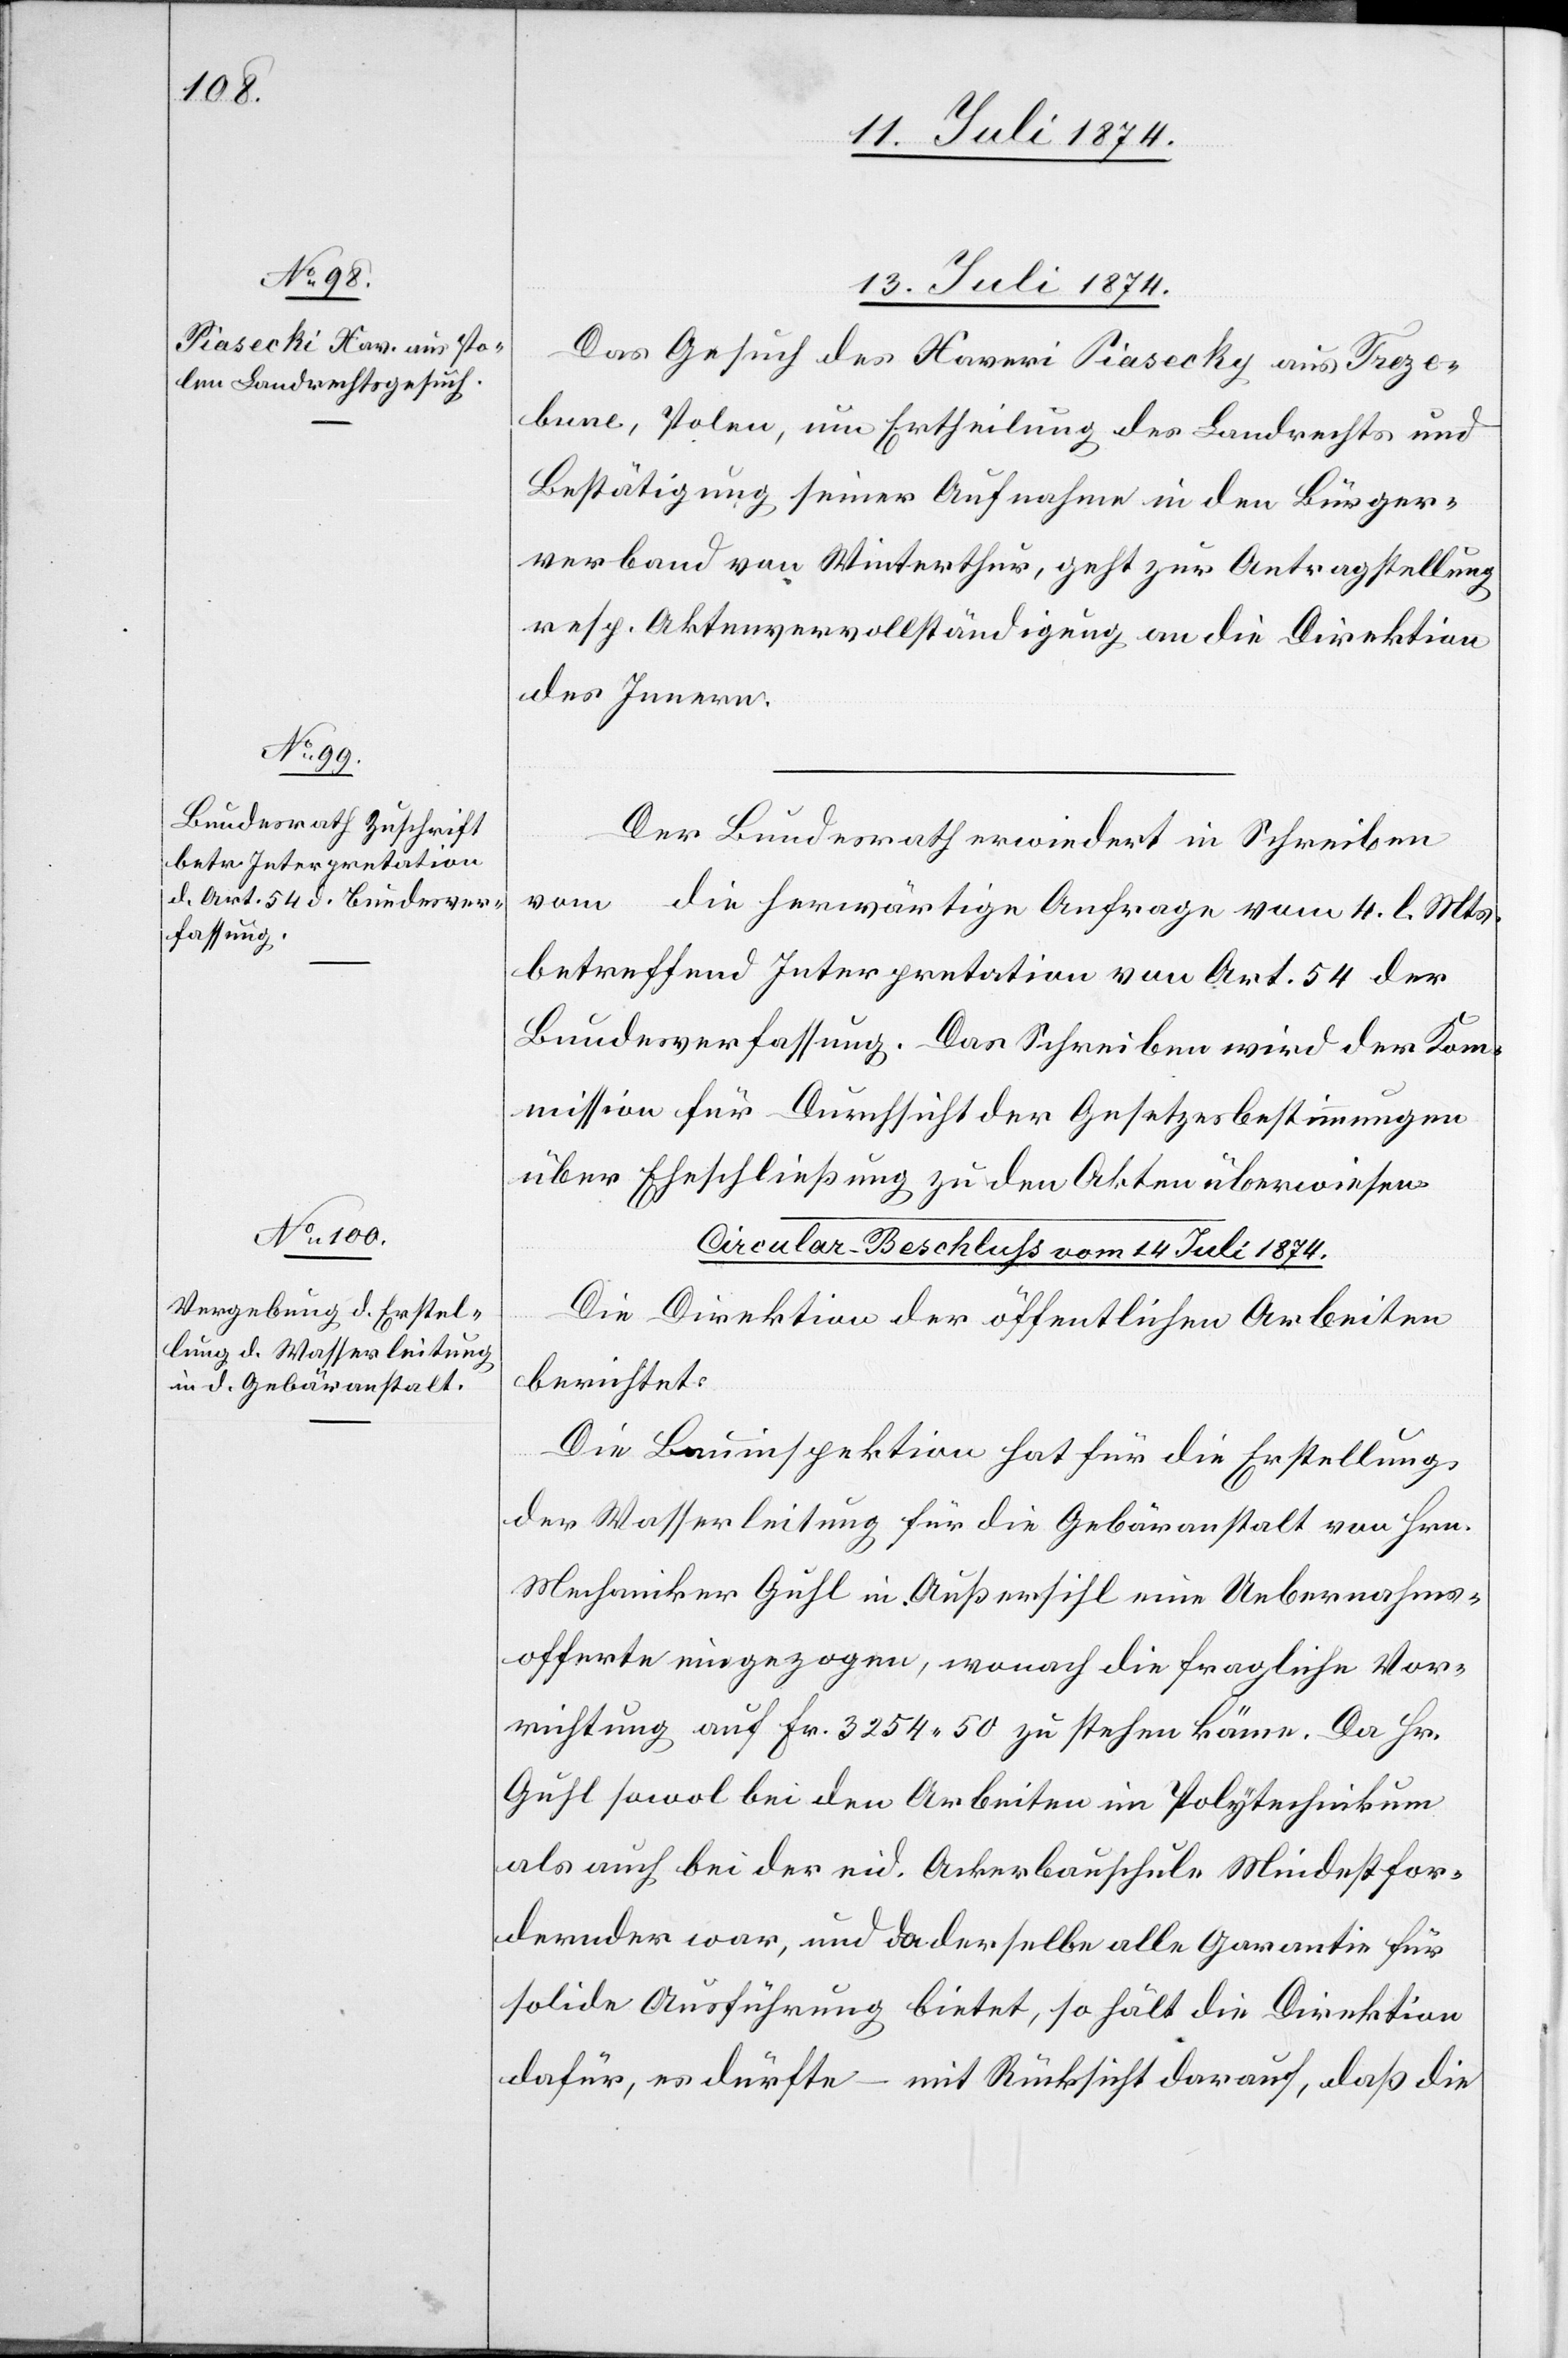
13. Juli 1874.]
Das Gesuch des Xaveri Siasecky [sic!] aus Treze¬
bune, Polen, um Ertheilung des Landrechts und
Bestätigung seiner Aufnahme in den Bürger¬
verband von Winterthur, geht zur Antragstellung
resp. Aktenvervollständigung an die Direktion
des Innern.
Der Bundesrath erwiedert in Schreiben
vom … die herwärtige Anfrage vom 4. l. Mts.
betreffend Interpretation von Art. 54 der
Bundesverfassung. Das Schreiben wird der Kom¬
mission für Durchsicht der Gesetzesbestimmungen
über Eheschließung zu den Akten überwiesen.
Circular-Beschluß vom 14. Juli 1874.
Die Direktion der öffentlichen Arbeiten
berichtet:
Die Bauinspektion hat für die Erstellung
der Wasserleitung für die Gebäranstalt von Hrn.
Mechaniker Guhl in Außersihl eine Uebernahms¬
offerte eingezogen, wonach die fragliche Vor¬
richtung auf Fr. 3254.50 zu stehen käme. Da Hr.
Guhl sowol bei den Arbeiten im Polytechnikum
als auch bei der eid. Ackerbauschule Mindestfor¬
dernder war, und da derselbe alle Garantie für
solide Ausführung bietet, so hält die Direktion
dafür, es dürfte – mit Rücksicht darauf, daß die